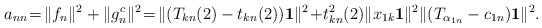
LaTeX: \begin{align*}a_{nn}\!=\!\Vert f_n\Vert^2+ \Vert g_n^c\Vert^2\!=\!\Vert (T_{kn}(2)-t_{kn}(2)) {\bf 1}\Vert^2\!+\!t_{kn}^2(2)\Vert x_{1k}{\bf 1}\Vert^2\Vert(T_{\alpha_{1n}}-c_{1n}) {\bf 1}\Vert^2.\end{align*}